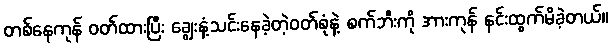
တစ်နေကုန် ဝတ်ထားပြီး ချွေးနံ့သင်းနေခဲ့တဲ့ဝတ်စုံနဲ့ စက်ဘီးကို အားကုန် နင်းထွက်မိခဲ့တယ်။